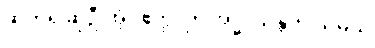
ဆက်၍ဆိုဦးအံ့။ ဧတ္ထ၊ ဤအဒ္ဓါ သန္တတိ သမယ